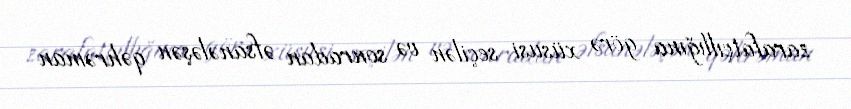
zarafatçıllığına görə xüsusi seçilən və sonradan əfsanələşən qəhrəman